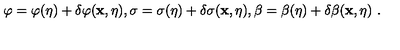
\varphi = \varphi ( \eta ) + \delta \varphi ( { \bf x } , \eta ) , \sigma = \sigma ( \eta ) + \delta \sigma ( { \bf x } , \eta ) , \beta = \beta ( \eta ) + \delta \beta ( { \bf x } , \eta ) \ .